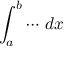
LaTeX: \int _ { a } ^ { b } \cdots \, d x